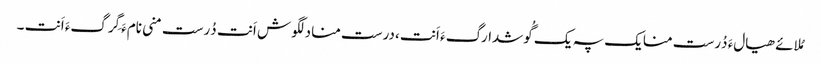
مُلائے ھیالءَ دُرست منایک پہ یک گُوشدارگءَ اَنت ،درست منادلگوش اَنت دُرست منی نامءَ گِرگءَ اَنت ۔